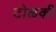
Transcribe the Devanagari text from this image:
टोळकी